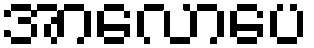
အာလောပေ